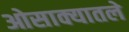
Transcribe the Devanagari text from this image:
ओसाक्यातले